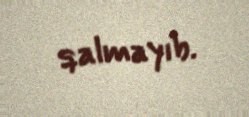
qalmayıb.